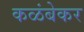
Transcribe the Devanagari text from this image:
कळंबेकर